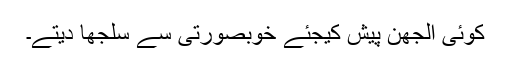
کوئی اُلجھن پیش کیجئے خوبصورتی سے سلجھا دیتے۔